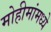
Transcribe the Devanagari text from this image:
मोहीमांमध्ये